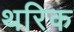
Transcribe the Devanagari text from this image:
थरिक